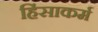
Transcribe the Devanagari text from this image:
हिंसाकर्म